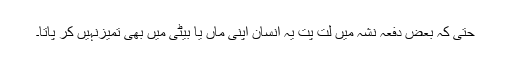
حتیٰ کہ بعض دفعہ نشہ میں لت پت یہ انسان اپنی ماں یا بیٹی میں بھی تمیزنہیں کر پاتا۔